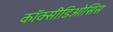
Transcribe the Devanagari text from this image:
कॉक्सीडिओसिस